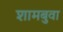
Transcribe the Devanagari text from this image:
शामबुवा